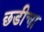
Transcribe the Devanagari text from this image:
छडीचा